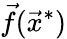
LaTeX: {\vec{f}}({\vec{x}}^{*})